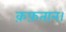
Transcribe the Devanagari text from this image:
क़फ़तान।